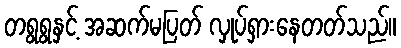
တရွရွနှင့် အဆက်မပြတ် လှုပ်ရှားနေတတ်သည်။